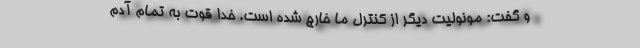
و گفت: مونولیت دیگر از کنترل ما خارج شده است. خدا قوت به تمام آدم